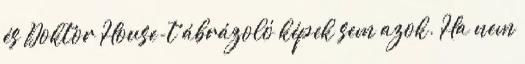
és Doktor House-t ábrázoló képek sem azok. Ha nem